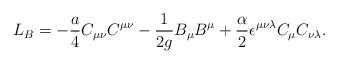
LaTeX: \begin{align*}L_B=-{a\over 4}C_{\mu\nu}C^{\mu\nu}-{1\over {2g}}B_\mu B^{\mu}+{\alpha\over 2}\epsilon^{\mu\nu\lambda}C_\mu C_{\nu\lambda}.\end{align*}